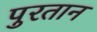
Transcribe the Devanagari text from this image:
पुरतान